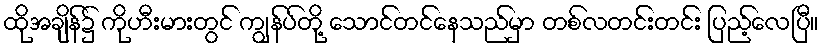
ထိုအချိန်၌ ကိုဟီးမားတွင် ကျွန်ပ်တို့ သောင်တင်နေသည်မှာ တစ်လတင်းတင်း ပြည့်လေပြီ။